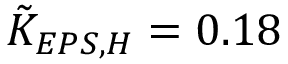
\tilde { K } _ { E P S , H } = 0 . 1 8